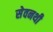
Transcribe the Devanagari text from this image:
सेवनथी